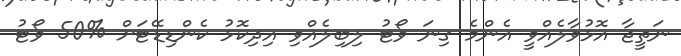
ނަތީޖާ އޮޅުވާލެއްވީ އެންމެ ގިނަ ވޯޓު ލިބިލެއްވި އިދިކޮޅު ކެންޑިޑޭޓަށް %50 ވޯޓު